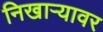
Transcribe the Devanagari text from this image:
निखाऱ्यावर